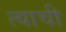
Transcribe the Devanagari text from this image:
त्‍याची